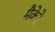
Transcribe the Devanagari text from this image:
मैकेरे